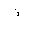
Letter: _thal